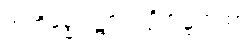
အဘိဓမ္ဓပါဋကပါဠိအဋ္ဌကထာ